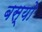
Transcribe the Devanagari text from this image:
बस्‍यो